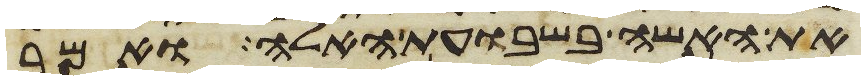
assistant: את האשה בשבועת האלה ואמר